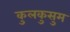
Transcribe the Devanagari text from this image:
कुलकुसुम